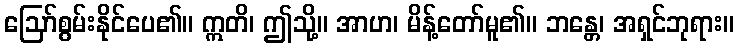
ဩော်စွမ်းနိုင်ပေ၏။ ဣတိ၊ ဤသို့။ အာဟ၊ မိန့်တော်မူ၏။ ဘန္တေ၊ အရှင်ဘုရား။